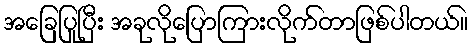
အခြေပြုပြီး အခုလိုပြောကြားလိုက်တာဖြစ်ပါတယ်။